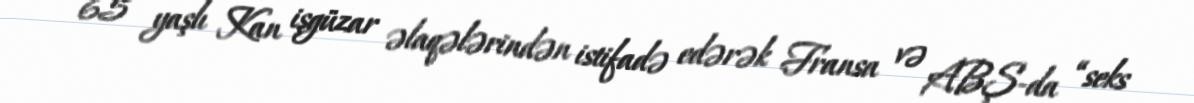
65 yaşlı Kan işgüzar əlaqələrindən istifadə edərək Fransa və ABŞ-da “seks